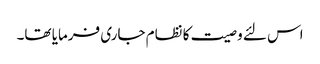
اس لئے وصیت کا نظام جاری فرمایا تھا۔